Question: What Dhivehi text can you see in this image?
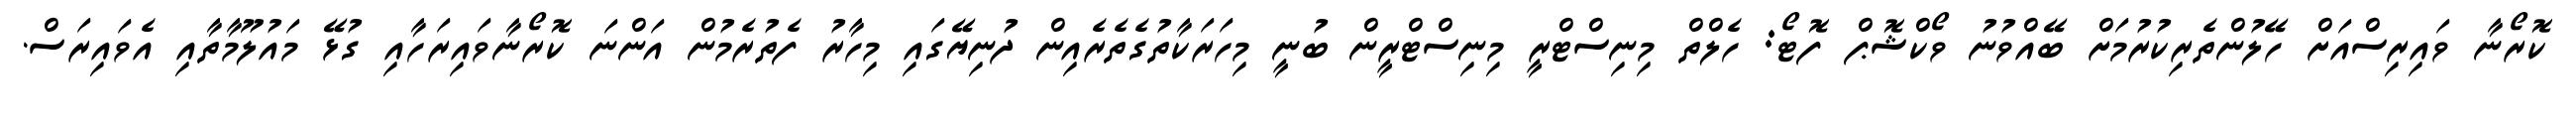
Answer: ކޮރޯނާ ވައިރިސްއަށް ހޭލުންތެރިކުރުމަށް ބޭއްވުނު ވޯކްޝޮޕް ފޮޓޯ: ހެލްތް މިނިސްޓްރީ މިނިސްޓްރީން ބުނީ މިހަރަކާތުގެތެރެއިން ދުނިޔޭގައި މިހާރު ފެތުރެމުން އަންނަ ކޮރޯނާވައިރަހާއި ގުޅޭ މައުލޫމާތާއި އެވައިރަސް.